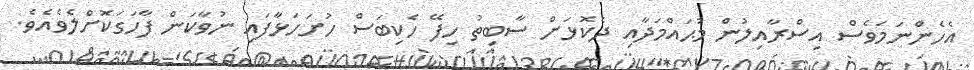
އެހެންނަމަވެސް އިސްރާއިލުން މުޙައްމަދާއި ދެކޮޅަށް ސާބިތު ހިފޭ ހެކިބަސް ހުށަހަޅާފައި ނުވާކަން ފާހަގަކޮށްލެވެއެވެ.